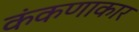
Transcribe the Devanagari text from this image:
कंकणाकार